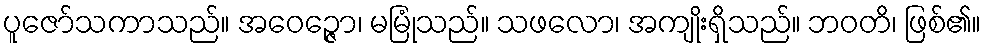
ပူဇော်သကာသည်။ အဝေဉ္ဇော၊ မမြုံသည်။ သဖလော၊ အကျိုးရှိသည်။ ဘဝတိ၊ ဖြစ်၏။